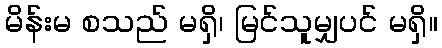
မိန်းမ စသည် မရှိ၊ မြင်သူမျှပင် မရှိ။